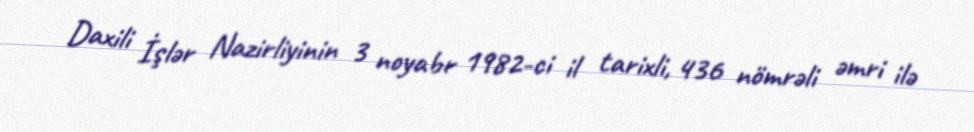
Daxili İşlər Nazirliyinin 3 noyabr 1982-ci il tarixli, 436 nömrəli əmri ilə